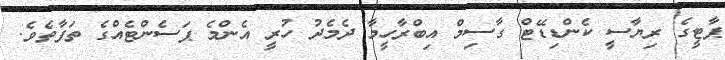
ޕާޓީގެ ރިޔާސީ ކެންޑިޑޭޓް ގާސިމް އިބްރާހީމާ ދެމެދު ހުރީ އެންމެ ޕަސެންޓެއްގެ ތަފާތެވެ.